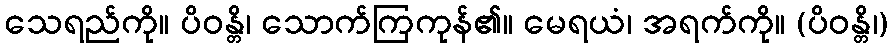
သေရည်ကို။ ပိဝန္တိ၊ သောက်ကြကုန်၏။ မေရယံ၊ အရက်ကို။ (ပိဝန္တိ၊)